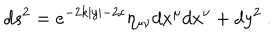
d s ^ { 2 } = e ^ { - 2 k | y | - 2 c } \eta _ { \mu \nu } d x ^ { \mu } d x ^ { \nu } + d y ^ { 2 } ~ . ~ \,